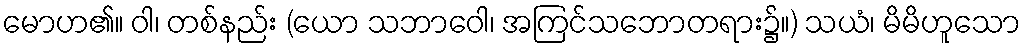
မောဟ၏။ ဝါ၊ တစ်နည်း (ယော သဘာဝေါ၊ အကြင်သဘောတရား၌။) သယံ၊ မိမိဟူသော